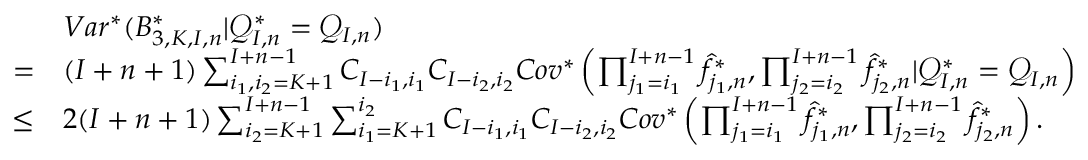
\begin{array} { r l } & { V a r ^ { * } ( B _ { 3 , K , I , n } ^ { * } | \mathcal { Q } _ { I , n } ^ { * } = \mathcal { Q } _ { I , n } ) } \\ { = } & { ( I + n + 1 ) \sum _ { i _ { 1 } , i _ { 2 } = K + 1 } ^ { I + n - 1 } C _ { I - i _ { 1 } , i _ { 1 } } C _ { I - i _ { 2 } , i _ { 2 } } C o v ^ { * } \left( \prod _ { j _ { 1 } = i _ { 1 } } ^ { I + n - 1 } \widehat f _ { j _ { 1 } , n } ^ { * } , \prod _ { j _ { 2 } = i _ { 2 } } ^ { I + n - 1 } \widehat f _ { j _ { 2 } , n } ^ { * } | \mathcal { Q } _ { I , n } ^ { * } = \mathcal { Q } _ { I , n } \right) } \\ { \leq } & { 2 ( I + n + 1 ) \sum _ { i _ { 2 } = K + 1 } ^ { I + n - 1 } \sum _ { i _ { 1 } = K + 1 } ^ { i _ { 2 } } C _ { I - i _ { 1 } , i _ { 1 } } C _ { I - i _ { 2 } , i _ { 2 } } C o v ^ { * } \left( \prod _ { j _ { 1 } = i _ { 1 } } ^ { I + n - 1 } \widehat f _ { j _ { 1 } , n } ^ { * } , \prod _ { j _ { 2 } = i _ { 2 } } ^ { I + n - 1 } \widehat f _ { j _ { 2 } , n } ^ { * } \right) . } \end{array}